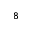
_ 8